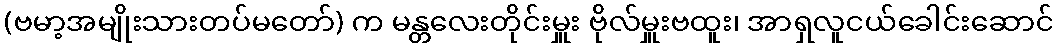
(ဗမာ့အမျိုးသားတပ်မတော်) က မန္တလေးတိုင်းမှူး ဗိုလ်မှူးဗထူး၊ အာရှလူငယ်ခေါင်းဆောင်